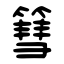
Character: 篲